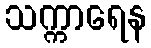
သက္ကာရေန